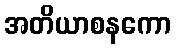
အတိယာစနကော